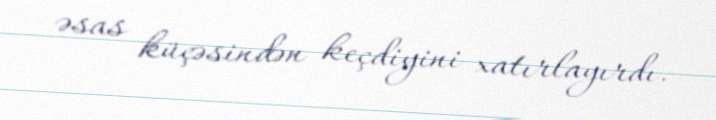
əsas küçəsindən keçdiyini xatırlayırdı.